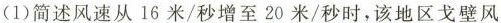
(1)简述风速从15米/秒增至20米/秒时，该地区戈壁风